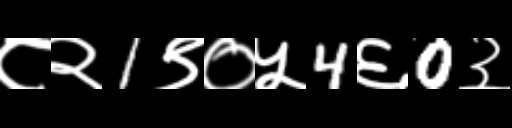
Text: ८२1९०५4६0३